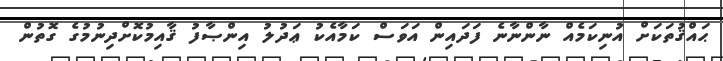
ޙައްޤުތަކަށް އުނިކަމެއް ނާންނާނެ ފަދައިން އަވަސް ކަމާއެކު ޢަދުލު އިންޞާފު ޤާއިމުކޮށްދިނުމުގެ ގޮތުން